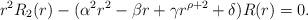
LaTeX: \begin{align*}r^{2}R_{2}(r)-(\alpha^{2}r^{2}-\beta{r}+\gamma{r^{\rho+2}}+\delta)R(r)=0. \end{align*}